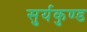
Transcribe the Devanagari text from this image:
सुर्यकुण्ड